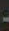
-